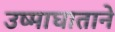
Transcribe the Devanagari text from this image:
उष्माघाताने